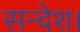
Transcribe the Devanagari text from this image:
सन्देश।